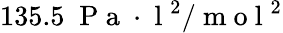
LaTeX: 135.5\; \mathrm{~P~a~}\cdot\mathrm{~l~}^{2}/\mathrm{~m~o~l~}^{2}